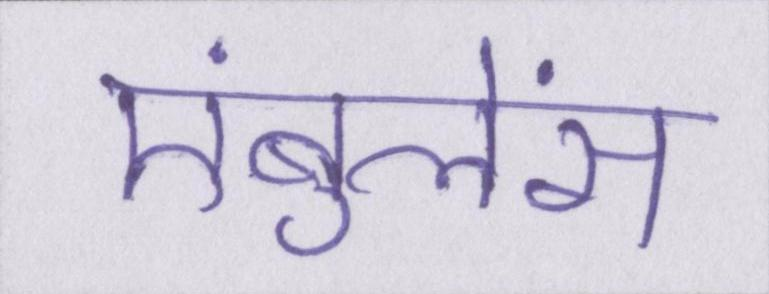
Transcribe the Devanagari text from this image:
एंबुलेंस